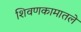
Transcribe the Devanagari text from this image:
शिवणकामातले